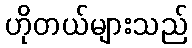
ဟိုတယ်များသည်